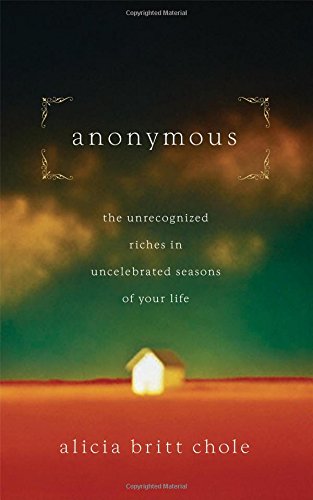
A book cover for Anonymous: Jesus' hidden years...and yours; Alicia Britt Chole; Christian Books & Bibles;